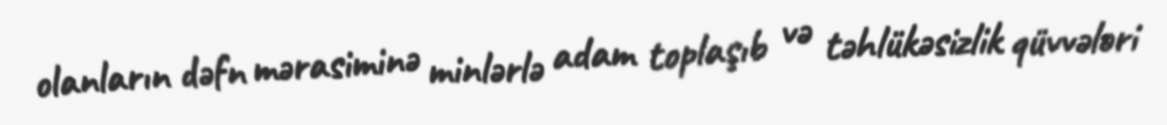
olanların dəfn mərasiminə minlərlə adam toplaşıb və təhlükəsizlik qüvvələri